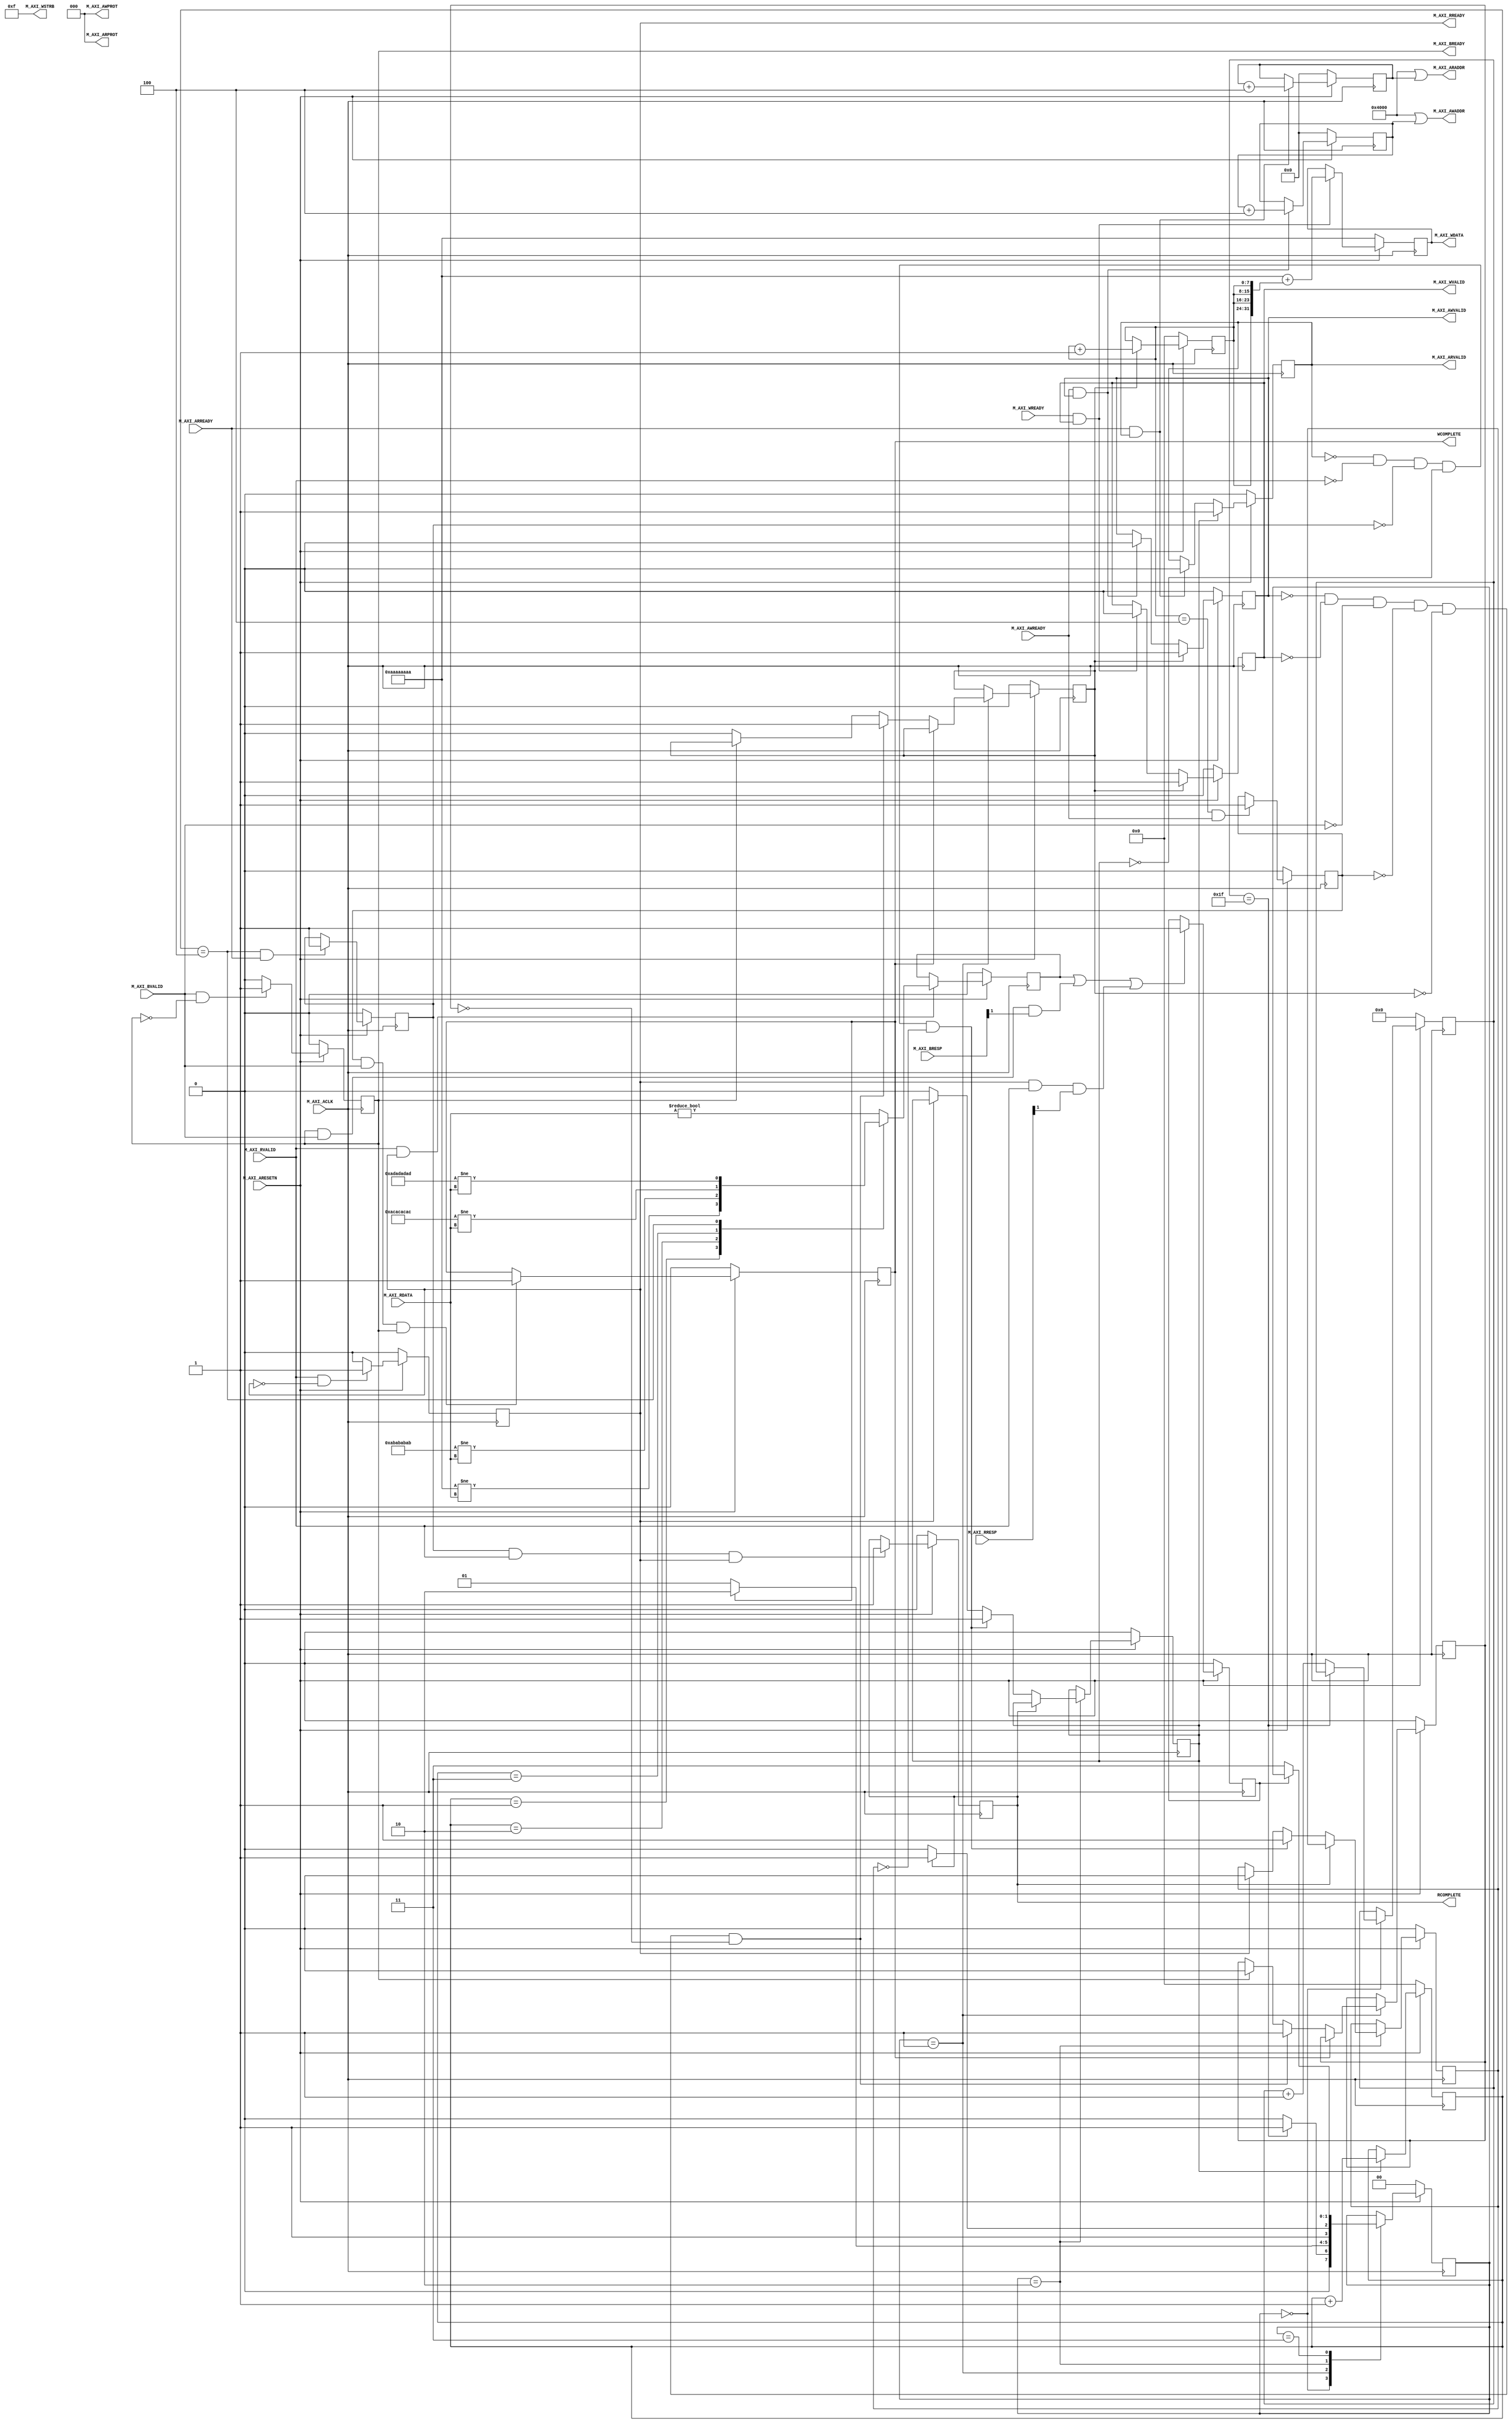
////////////////////////////////////////////////////////////////////////////
//-- (c) Copyright 2012 - 2013 Xilinx, Inc. All rights reserved.
//--
//-- This file contains confidential and proprietary information
//-- of Xilinx, Inc. and is protected under U.S. and
//-- international copyright and other intellectual property
//-- laws.
//--
//-- DISCLAIMER
//-- This disclaimer is not a license and does not grant any
//-- rights to the materials distributed herewith. Except as
//-- otherwise provided in a valid license issued to you by
//-- Xilinx, and to the maximum extent permitted by applicable
//-- law: (1) THESE MATERIALS ARE MADE AVAILABLE "AS IS" AND
//-- WITH ALL FAULTS, AND XILINX HEREBY DISCLAIMS ALL WARRANTIES
//-- AND CONDITIONS, EXPRESS, IMPLIED, OR STATUTORY, INCLUDING
//-- BUT NOT LIMITED TO WARRANTIES OF MERCHANTABILITY, NON-
//-- INFRINGEMENT, OR FITNESS FOR ANY PARTICULAR PURPOSE; and
//-- (2) Xilinx shall not be liable (whether in contract or tort,
//-- including negligence, or under any other theory of
//-- liability) for any loss or damage of any kind or nature
//-- related to, arising under or in connection with these
//-- materials, including for any direct, or any indirect,
//-- special, incidental, or consequential loss or damage
//-- (including loss of data, profits, goodwill, or any type of
//-- loss or damage suffered as a result of any action brought
//-- by a third party) even if such damage or loss was
//-- reasonably foreseeable or Xilinx had been advised of the
//-- possibility of the same.
//--
//-- CRITICAL APPLICATIONS
//-- Xilinx products are not designed or intended to be fail-
//-- safe, or for use in any application requiring fail-safe
//-- performance, such as life-support or safety devices or
//-- systems, Class III medical devices, nuclear facilities,
//-- applications related to the deployment of airbags, or any
//-- other applications that could lead to death, personal
//-- injury, or severe property or environmental damage
//-- (individually and collectively, "Critical
//-- Applications"). Customer assumes the sole risk and
//-- liability of any use of Xilinx products in Critical
//-- Applications, subject only to applicable laws and
//-- regulations governing limitations on product liability.
//--
//-- THIS COPYRIGHT NOTICE AND DISCLAIMER MUST BE RETAINED AS
//-- PART OF THIS FILE AT ALL TIMES.
////////////////////////////////////////////////////////////////////////////
// AXI4-Lite Master Example
//
// The purpose of this design is to provide a simple AXI4-Lite example.
//
// The distinguishing characteristics of AXI4-Lite are the single-beat transfers,
// limited data width, and limited other transaction qualifiers. These make it
// best suited for low-throughput control functions.
//
// The example user application will perform a set of writes, then after completing all the writes,
// the example design will perform reads and attempt to verify the values.
//
////////////////////////////////////////////////////////////////////////////

`timescale 1ns/1ps

////////////////////////////////////////////////////////////////////////////
// Width of M_AXI address bus. The master generates the read and write addresses
// of width specified as C_M_AXI_ADDR_WIDTH.
`define C_M_AXI_ADDR_WIDTH 32
////////////////////////////////////////////////////////////////////////////
// Width of M_AXI data bus. The master issues write data and accept read data
// where the width of the data bus is C_M_AXI_DATA_WIDTH
`define C_M_AXI_DATA_WIDTH 32

module axi_lite_master #   (
  ////////////////////////////////////////////////////////////////////////////
  // Transaction number is the number of write and read transactions the master
  // will perform as a part of this example memory test.
  parameter integer C_TRANSACTIONS_NUM = 4
) (
  ////////////////////////////////////////////////////////////////////////////
  // Asserts when write transactions are complete
  output wire WCOMPLETE,
  ////////////////////////////////////////////////////////////////////////////
  // Asserts when read transactions are complete
  output wire RCOMPLETE,
  ////////////////////////////////////////////////////////////////////////////
  // System Signals
  input wire M_AXI_ACLK,
  input wire M_AXI_ARESETN,

  ////////////////////////////////////////////////////////////////////////////
  // Master Interface Write Address Channel ports
  // Write address (issued by master)
  output wire [`C_M_AXI_ADDR_WIDTH-1:0] M_AXI_AWADDR,

  ////////////////////////////////////////////////////////////////////////////
  // Write channel Protection type. This signal indicates the
  // privilege and security level of the transaction, and whether
  // the transaction is a data access or an instruction access.
  output wire [2:0] M_AXI_AWPROT,

  ////////////////////////////////////////////////////////////////////////////
  //Write address valid. This signal indicates that the master signaling
  // valid write address and control information.
  output wire M_AXI_AWVALID,

  ////////////////////////////////////////////////////////////////////////////
  // Write address ready. This signal indicates that the slave is ready
  // to accept an address and associated control signals.
  input wire M_AXI_AWREADY,

  ////////////////////////////////////////////////////////////////////////////
  // Master Interface Write Data Channel ports

  ////////////////////////////////////////////////////////////////////////////
  // Write data (issued by master)
  output wire [`C_M_AXI_DATA_WIDTH-1:0] M_AXI_WDATA,

  ////////////////////////////////////////////////////////////////////////////
  // Write strobes. This signal indicates which byte lanes hold
  // valid data. There is one write strobe bit for each eight
  // bits of the write data bus.
  output wire [`C_M_AXI_DATA_WIDTH/8-1:0] M_AXI_WSTRB,

  ////////////////////////////////////////////////////////////////////////////
  //Write valid. This signal indicates that valid write
  // data and strobes are available.
  output wire M_AXI_WVALID,

  ////////////////////////////////////////////////////////////////////////////
  // Write ready. This signal indicates that the slave
  // can accept the write data.
  input wire M_AXI_WREADY,

  ////////////////////////////////////////////////////////////////////////////
  // Master Interface Write Response Channel ports

  ////////////////////////////////////////////////////////////////////////////
  // Write response. This signal indicates the status
  // of the write transaction.
  input wire [1:0] M_AXI_BRESP,

  ////////////////////////////////////////////////////////////////////////////
  // Write response valid. This signal indicates that the channel
  // is signaling a valid write response.
  input wire M_AXI_BVALID,

  ////////////////////////////////////////////////////////////////////////////
  // Response ready. This signal indicates that the master
  // can accept a write response.
  output wire M_AXI_BREADY,

  ////////////////////////////////////////////////////////////////////////////
  // Master Interface Read Address Channel ports

  ////////////////////////////////////////////////////////////////////////////
  // Read address (issued by master)
  output wire [`C_M_AXI_ADDR_WIDTH-1:0] M_AXI_ARADDR,

  ////////////////////////////////////////////////////////////////////////////
  // Protection type. This signal indicates the privilege
  // and security level of the transaction, and whether the
  // transaction is a data access or an instruction access.
  output wire [2:0] M_AXI_ARPROT,

  ////////////////////////////////////////////////////////////////////////////
  // Read address valid. This signal indicates that the channel
  // is signaling valid read address and control information.
  output wire M_AXI_ARVALID,

  ////////////////////////////////////////////////////////////////////////////
  // Read address ready. This signal indicates that the slave is
  // ready to accept an address and associated control signals.
  input wire M_AXI_ARREADY,

  ////////////////////////////////////////////////////////////////////////////
  // Master Interface Read Data Channel ports

  ////////////////////////////////////////////////////////////////////////////
  // Read data (issued by slave)
  input wire [`C_M_AXI_DATA_WIDTH-1:0]  M_AXI_RDATA,

  ////////////////////////////////////////////////////////////////////////////
  // Read response. This signal indicates the status of the
  // read transfer.
  input wire [1:0] M_AXI_RRESP,

  ////////////////////////////////////////////////////////////////////////////
  // Read valid. This signal indicates that the channel is
  // signaling the required read data.
  input wire M_AXI_RVALID,

  ////////////////////////////////////////////////////////////////////////////
  // Read ready. This signal indicates that the master can
  // accept the read data and response information.
  output wire M_AXI_RREADY
);


////////////////////////////////////////////////////////////////////////////
// The master will start generating data from the LP_START_DATA_VALUE value
localparam LP_START_DATA_VALUE  = {`C_M_AXI_DATA_WIDTH/8{8'hAA}};

////////////////////////////////////////////////////////////////////////////
// The master requires a target slave base address. The master will initiate
// read and write transactions on the slave with base address specified
// here as a parameter.
localparam LP_TARGET_SLAVE_BASE_ADDR  = `C_M_AXI_ADDR_WIDTH'h4000;

////////////////////////////////////////////////////////////////////////////
// Start count is the numeber of clock cycles the master will wait
// before initiating/issuing any transaction.
localparam integer LP_START_COUNT    = 32;

////////////////////////////////////////////////////////////////////////////
// AXI4 Lite internal signals

////////////////////////////////////////////////////////////////////////////
// write address valid
reg axi_awvalid;
////////////////////////////////////////////////////////////////////////////
// write data valid
reg axi_wvalid;
////////////////////////////////////////////////////////////////////////////
// read address valid
reg axi_arvalid;
////////////////////////////////////////////////////////////////////////////
// read data acceptance
reg axi_rready;
////////////////////////////////////////////////////////////////////////////
// write response acceptance
reg axi_bready;
////////////////////////////////////////////////////////////////////////////
// write address
reg [`C_M_AXI_ADDR_WIDTH-1:0] axi_awaddr;
////////////////////////////////////////////////////////////////////////////
// write data
reg [`C_M_AXI_DATA_WIDTH-1:0] axi_wdata;
////////////////////////////////////////////////////////////////////////////
// read addresss
reg [`C_M_AXI_ADDR_WIDTH-1:0] axi_araddr;

////////////////////////////////////////////////////////////////////////////
//Example-specific design signals
// All the following wire/reg are used in the current example.
// for demonstation.

// function called clogb2 that returns an integer which has the
// value of the ceiling of the log base 2.
function integer clogb2 (input integer bd);
integer bit_depth;
begin
  bit_depth = bd;
  for(clogb2=0; bit_depth>0; clogb2=clogb2+1)
    bit_depth = bit_depth >> 1;
  end
endfunction

////////////////////////////////////////////////////////////////////////////
// Example user application signals

// LP_WAIT_COUNT_BITS is the width of the wait counter.
localparam integer LP_WAIT_COUNT_BITS = clogb2(LP_START_COUNT-1);
////////////////////////////////////////////////////////////////////////////
// wait counter. The master waits for the user defined number of
// clock cycles before initiating a transfer.
reg [LP_WAIT_COUNT_BITS-1:0] count;

////////////////////////////////////////////////////////////////////////////
// LP_TRANS_NUM_BITS is the width of the index counter for
// number of write or read transaction.
localparam integer LP_TRANS_NUM_BITS = clogb2(C_TRANSACTIONS_NUM-1);

////////////////////////////////////////////////////////////////////////////
// Asserts when there is a write response error
wire write_resp_error;
////////////////////////////////////////////////////////////////////////////
// Asserts when there is a read response error
wire read_resp_error;
////////////////////////////////////////////////////////////////////////////
// A pulse to initiate a write transaction
reg start_single_write;
////////////////////////////////////////////////////////////////////////////
// A pulse to initiate a read transaction
reg start_single_read;

////////////////////////////////////////////////////////////////////////////
// Asserts when a single beat write transaction is issued and
// remains asserted till the completion of write trasaction.
reg write_issued;

////////////////////////////////////////////////////////////////////////////
// Asserts when a single beat read transaction is issued and
// remains asserted till the completion of read trasaction.
reg read_issued;

////////////////////////////////////////////////////////////////////////////
// flag that marks the completion of write trasactions. The number of
// write transaction is user selected by the parameter C_TRANSACTIONS_NUM
(* mark_debug = "true" *) reg writes_done;

////////////////////////////////////////////////////////////////////////////
// flag that marks the completion of read trasactions. The number of read
// transaction is user selected by the parameter C_TRANSACTIONS_NUM
(* mark_debug = "true" *) reg reads_done;

////////////////////////////////////////////////////////////////////////////
// The error register is asserted when any of the write response
// error, read response error or the data mismatch flags are asserted.
(* mark_debug = "true" *) reg error_reg;

////////////////////////////////////////////////////////////////////////////
// index counter to track the number of write transaction issued
reg [7:0] write_index;
////////////////////////////////////////////////////////////////////////////
// index counter to track the number of read transaction issued
reg [7:0] read_index;

////////////////////////////////////////////////////////////////////////////
// Flag marks the completion of comparison of the read
// data with the expected read data
(* mark_debug = "true" *) reg compare_done;

////////////////////////////////////////////////////////////////////////////
// This flag is asserted when there is a mismatch of
// the read data with the expected read data.
(* mark_debug = "true" *) reg read_mismatch;

////////////////////////////////////////////////////////////////////////////
// Flag is asserted when the write index reaches the last write transction number
reg last_write;
////////////////////////////////////////////////////////////////////////////
// Flag is asserted when the read index reaches the last read transction number
reg last_read;

////////////////////////////////////////////////////////////////////////////
 // Example State machine to initialize counter, initialize write transactions,
 // initialize read transactions and comparison of read data with the
 // written data words.
localparam [1:0] INIT_COUNTER = 2'b00, // This state initializes the counter, ones
                                       // the counter reaches LP_START_COUNT count,
                                       // the state machine changes state to INIT_WRITE
                 INIT_WRITE   = 2'b01, // This state initializes write transaction,
                                       // once writes are done, the state machine
                                       // changes state to INIT_READ
                 INIT_READ = 2'b10,    // This state initializes read transaction
                                       // once reads are done, the state machine
                                       // changes state to INIT_COMPARE
                 INIT_COMPARE = 2'b11; // This state issues the status of comparison
                                       // of the written data with the read data

reg [1:0] mst_exec_state;

////////////////////////////////////////////////////////////////////////////
// I/O Connections //

////////////////////////////////////////////////////////////////////////////
// Write Address (AW)

////////////////////////////////////////////////////////////////////////////
// Adding the offset address to the base addr of the slave
assign M_AXI_AWADDR  = LP_TARGET_SLAVE_BASE_ADDR | axi_awaddr;
////////////////////////////////////////////////////////////////////////////
// AXI 4 write data
assign M_AXI_WDATA   = axi_wdata;
assign M_AXI_AWPROT  = 3'h0;
assign M_AXI_AWVALID = axi_awvalid;

////////////////////////////////////////////////////////////////////////////
//Write Data(W)
assign M_AXI_WVALID = axi_wvalid;

////////////////////////////////////////////////////////////////////////////
//Set all byte strobes in this example
assign M_AXI_WSTRB  = {`C_M_AXI_DATA_WIDTH/8{1'b1}};

////////////////////////////////////////////////////////////////////////////
//Write Response (B)
assign M_AXI_BREADY = axi_bready;

////////////////////////////////////////////////////////////////////////////
//Read Address (AR)
assign M_AXI_ARADDR = LP_TARGET_SLAVE_BASE_ADDR | axi_araddr;
assign M_AXI_ARVALID = axi_arvalid;
assign M_AXI_ARPROT = 3'h0;

////////////////////////////////////////////////////////////////////////////
//Read and Read Response (R)
assign M_AXI_RREADY = axi_rready;

////////////////////////////////////////////////////////////////////////////
//Example design I/O

assign WCOMPLETE  = writes_done;
assign RCOMPLETE  = reads_done;


////////////////////////////////////////////////////////////////////////////
//Write Address Channel
// The purpose of the write address channel is to request the address and
// command information for the entire transaction.  It is a single beat
// of information.
//
// Note for this example the axi_awvalid/axi_wvalid are asserted at the same
// time, and then each is deasserted independent from each other.
// This is a lower-performance, but simplier control scheme.
//
// AXI VALID signals must be held active until accepted by the partner.
//
// A data transfer is accepted by the slave when a master has
// VALID data and the slave acknoledges it is also READY. While the master
// is allowed to generated multiple, back-to-back requests by not
// deasserting VALID, this design will add rest cycle for
// simplicity.
//
// Since only one outstanding transaction is issued by the user design,
// there will not be a collision between a new request and an accepted
// request on the same clock cycle.

always @(posedge M_AXI_ACLK) begin
  ////////////////////////////////////////////////////////////////////////////
  //Only VALID signals must be deasserted during reset per AXI spec
  //Consider inverting then registering active-low reset for higher fmax
  if (M_AXI_ARESETN == 0 ) begin
    axi_awvalid <= 1'b0;
  end else begin
    ////////////////////////////////////////////////////////////////////////////
    //Signal a new address/data command is available by user logic
    if (start_single_write) begin
      axi_awvalid <= 1'b1;
    end else if (M_AXI_AWREADY && axi_awvalid) begin
    ////////////////////////////////////////////////////////////////////////////
    //Address accepted by interconnect/slave (issue of M_AXI_AWREADY by slave)
      axi_awvalid <= 1'b0;
    end
  end
end

////////////////////////////////////////////////////////////////////////////
// start_single_write triggers a new write
// transaction. write_index is a counter to
// keep track with number of write transaction
// issued/initiated
always @(posedge M_AXI_ACLK) begin
  if (M_AXI_ARESETN == 0 ) begin
    write_index <= 8'h00;
  end else if (start_single_write) begin
    ////////////////////////////////////////////////////////////////////////////
    // Signals a new write address/ write data is
    // available by user logic
    write_index <= write_index + 1;
  end
end

////////////////////////////////////////////////////////////////////////////
//Write Data Channel
//
// The write data channel is for transfering the actual data.
//
// The data generation is speific to the example design, and
// so only the WVALID/WREADY handshake is shown here
always @(posedge M_AXI_ACLK) begin
  if (M_AXI_ARESETN == 0 ) begin
    axi_wvalid <= 1'b0;
  end else if (start_single_write) begin
    ////////////////////////////////////////////////////////////////////////////
    //Signal a new address/data command is available by user logic
    axi_wvalid <= 1'b1;
  end else if (M_AXI_WREADY && axi_wvalid) begin
    ////////////////////////////////////////////////////////////////////////////
    //Data accepted by interconnect/slave (issue of M_AXI_WREADY by slave)
     axi_wvalid <= 1'b0;
   end
end

////////////////////////////////////////////////////////////////////////////
//Write Response (B) Channel
//
// The write response channel provides feedback that the write has committed
// to memory. BREADY will occur after both the data and the write address
// has arrived and been accepted by the slave, and can guarantee that no
// other accesses launched afterwards will be able to be reordered before it.
//
// The BRESP bit [1] is used indicate any errors from the interconnect or
// slave for the entire write burst. This example will capture the error.
//
// While not necessary per spec, it is advisable to reset READY signals in
// case of differing reset latencies between master/slave.
always @(posedge M_AXI_ACLK) begin
  if (M_AXI_ARESETN == 0 ) begin
    axi_bready <= 1'b0;
  end else if (M_AXI_BVALID && ~axi_bready) begin
  ////////////////////////////////////////////////////////////////////////////
  // accept/acknowledge bresp with axi_bready by the master
  // when M_AXI_BVALID is asserted by slave
    axi_bready <= 1'b1;
  end else if (axi_bready) begin
    ////////////////////////////////////////////////////////////////////////////
    // deassert after one clock cycle
    axi_bready <= 1'b0;
  end else begin
    ////////////////////////////////////////////////////////////////////////////
    // retain the previous value
    axi_bready <= axi_bready;
  end
end

////////////////////////////////////////////////////////////////////////////
//Flag write errors
assign write_resp_error = (axi_bready & M_AXI_BVALID & M_AXI_BRESP[1]);

////////////////////////////////////////////////////////////////////////////
//Read Address Channel
//
// start_single_read triggers a new read
// transaction. read_index is a counter to
// keep track with number of read transaction
// issued/initiated
always @(posedge M_AXI_ACLK) begin
  if (M_AXI_ARESETN == 0 ) begin
    read_index <= 8'h00;
  end else if (start_single_read) begin
    // Signals a new read address is
    // available by user logic
    read_index <= read_index + 1;
  end
end

////////////////////////////////////////////////////////////////////////////
// A new axi_arvalid is asserted when there is a valid read address
// available by the master. start_single_read triggers a new read
// transaction
always @(posedge M_AXI_ACLK) begin
  if (M_AXI_ARESETN == 0 ) begin
    axi_arvalid <= 1'b0;
  end else if (start_single_read) begin
  ////////////////////////////////////////////////////////////////////////////
  //Signal a new read address command is available by user logic
    axi_arvalid <= 1'b1;
  end else if (M_AXI_ARREADY && axi_arvalid) begin
  ////////////////////////////////////////////////////////////////////////////
  //RAddress accepted by interconnect/slave (issue of M_AXI_ARREADY by slave)
    axi_arvalid <= 1'b0;
  end
end

////////////////////////////////////////////////////////////////////////////
//Read Data (and Response) Channel
//
// The Read Data channel returns the results of the read request
// The master will accept the read data by asserting axi_rready
// when there is a valid read data available.
// While not necessary per spec, it is advisable to reset READY signals in
// case of differing reset latencies between master/slave.
always @(posedge M_AXI_ACLK) begin
  if (M_AXI_ARESETN == 0 ) begin
    axi_rready <= 1'b0;
  end else if (M_AXI_RVALID && ~axi_rready) begin
  ////////////////////////////////////////////////////////////////////////////
  // accept/acknowledge rdata/rresp with axi_rready by the master
  // when M_AXI_RVALID is asserted by slave
    axi_rready <= 1'b1;
  end else if (axi_rready) begin
  ////////////////////////////////////////////////////////////////////////////
  // deassert after one clock cycle
    axi_rready <= 1'b0;
  end
end

////////////////////////////////////////////////////////////////////////////
//Flag write errors
assign read_resp_error = (axi_rready & M_AXI_RVALID & M_AXI_RRESP[1]);

////////////////////////////////////////////////////////////////////////////
//Address/Data Stimulus
//
// Address/data pairs for this example. The read and write values should
// match.
//
// Modify these as desired for different address patterns.

////////////////////////////////////////////////////////////////////////////
//Write Addresses
always @(posedge M_AXI_ACLK) begin
  if (M_AXI_ARESETN == 0) begin
    axi_awaddr <= {`C_M_AXI_ADDR_WIDTH{1'b0}};
  end else if (M_AXI_AWREADY && axi_awvalid) begin
    axi_awaddr <= axi_awaddr + (`C_M_AXI_DATA_WIDTH/8);
  end else begin
    axi_awaddr <= axi_awaddr;
  end
end

////////////////////////////////////////////////////////////////////////////
//Read Addresses
always @(posedge M_AXI_ACLK) begin
  if (M_AXI_ARESETN == 0) begin
    axi_araddr <= {`C_M_AXI_ADDR_WIDTH{1'b0}};
  end else if (M_AXI_ARREADY && axi_arvalid) begin
    axi_araddr <= axi_araddr + (`C_M_AXI_DATA_WIDTH/8);
  end else begin
    axi_araddr <= axi_araddr;
  end
end

always @(posedge M_AXI_ACLK) begin
  if (M_AXI_ARESETN == 0) begin
    axi_wdata <= LP_START_DATA_VALUE;
  end else if (M_AXI_WREADY && axi_wvalid) begin
    axi_wdata <= LP_START_DATA_VALUE + {(`C_M_AXI_DATA_WIDTH/8){write_index}};
  end else begin
    axi_wdata <= axi_wdata;
  end
end

////////////////////////////////////////////////////////////////////////////
//implement master command interface state machine
always @ ( posedge M_AXI_ACLK) begin
  if (M_AXI_ARESETN == 1'b0 ) begin
    ////////////////////////////////////////////////////////////////////////////
    // reset condition
    // All the signals are assigned default values under reset condition
    mst_exec_state  <= INIT_COUNTER;
    count    <= 0;
    start_single_write <= 1'b0;
    write_issued  <= 1'b0;
    start_single_read  <= 1'b0;
    read_issued   <= 1'b0;
    compare_done  <= 1'b0;
  end else begin
  ////////////////////////////////////////////////////////////////////////////
  // state transition
    case (mst_exec_state)
      INIT_COUNTER: begin
        ////////////////////////////////////////////////////////////////////////////
        // This state is responsible to wait for user defined LP_START_COUNT
        // number of clock cycles.
          if ( count == LP_START_COUNT - 1 ) begin
            mst_exec_state  <= INIT_WRITE;
          end else begin
            count <= count + 1;
            mst_exec_state  <= INIT_COUNTER;
          end
        end

      INIT_WRITE: begin
        ////////////////////////////////////////////////////////////////////////////
        // This state is responsible to issue start_single_write pulse to
        // initiate a write transaction. Write transactions will be
        // issued until last_write signal is asserted.
        // write controller
        if (writes_done) begin
          mst_exec_state <= INIT_READ;
        end else begin
          mst_exec_state  <= INIT_WRITE;

          if (~axi_awvalid && ~axi_wvalid && ~M_AXI_BVALID && ~last_write && ~start_single_write && ~write_issued) begin
            start_single_write <= 1'b1;
            write_issued  <= 1'b1;
          end else if (axi_bready) begin
            write_issued  <= 1'b0;
          end else begin
            start_single_write <= 1'b0; //Negate to generate a pulse
          end
        end
      end

      INIT_READ: begin
        ////////////////////////////////////////////////////////////////////////////
        // This state is responsible to issue start_single_read pulse to
        // initiate a read transaction. Read transactions will be
        // issued until last_read signal is asserted.
        // read controller
        if (reads_done) begin
          mst_exec_state <= INIT_COMPARE;
        end else begin
          mst_exec_state <= INIT_READ;
        
          if (~axi_arvalid && ~M_AXI_RVALID && ~last_read && ~start_single_read && ~read_issued) begin
            start_single_read <= 1'b1;
            read_issued  <= 1'b1;
          end else if (axi_rready) begin
            read_issued  <= 1'b0;
          end else begin
            start_single_read <= 1'b0; //Negate to generate a pulse
          end
        end
      end

      INIT_COMPARE: begin
        ////////////////////////////////////////////////////////////////////////////
        // This state is responsible to issue the state of comparison
        // of written data with the read data. If no error flags are set,
        // compare_done signal will be asseted to indicate success.
        if (~error_reg) begin
          mst_exec_state <= INIT_COMPARE;
          compare_done <= 1'b1;
        end
      end
//      default : begin
//        mst_exec_state  <= INIT_COUNTER;
//      end
    endcase
  end
end //MASTER_EXECUTION_PROC

////////////////////////////////////////////////////////////////////////////
//Terminal write count

always @(posedge M_AXI_ACLK) begin
  if (M_AXI_ARESETN == 0) begin
    last_write <= 1'b0;
  end else if ((write_index == C_TRANSACTIONS_NUM) && M_AXI_AWREADY) begin
    ////////////////////////////////////////////////////////////////////////////
    //The last write should be associated with a write address ready response
    last_write <= 1'b1;
  end else begin
    last_write <= last_write;
  end
end

////////////////////////////////////////////////////////////////////////////
//  Check for last write completion.
//
//  This logic is to qualify the last write count with the final write
//  response. This demonstrates how to confirm that a write has been
//  committed.

always @(posedge M_AXI_ACLK) begin
  if (M_AXI_ARESETN == 0) begin
    writes_done <= 1'b0;
  end else if (last_write && M_AXI_BVALID && axi_bready) begin
    //The writes_done should be associated with a bready response
    writes_done <= 1'b1;
  end else begin
    writes_done <= writes_done;
  end
end

////////////////////////////////////////////////////////////////////////////
//Read example
//Terminal Read Count
always @(posedge M_AXI_ACLK) begin
  if (M_AXI_ARESETN == 0) begin
    last_read <= 1'b0;
  end else if ((read_index == C_TRANSACTIONS_NUM) && (M_AXI_ARREADY) ) begin
    ////////////////////////////////////////////////////////////////////////////
    //The last read should be associated with a read address ready response
    last_read <= 1'b1;
  end else begin
    last_read <= last_read;
  end
end

////////////////////////////////////////////////////////////////////////////
// Check for last read completion.
//
// This logic is to qualify the last read count with the final read
// response/data.
always @(posedge M_AXI_ACLK) begin
  if (M_AXI_ARESETN == 0) begin
    reads_done <= 1'b0;
  end else if (last_read && M_AXI_RVALID && axi_rready) begin
    ////////////////////////////////////////////////////////////////////////////
    //The reads_done should be associated with a read ready response
    reads_done <= 1'b1;
  end else begin
    reads_done <= reads_done;
  end
end

////////////////////////////////////////////////////////////////////////////
//Example design error register

////////////////////////////////////////////////////////////////////////////
//Data Comparison
always @(posedge M_AXI_ACLK) begin
  if (M_AXI_ARESETN == 0) begin
    read_mismatch <= 1'b0;
  end else if (M_AXI_RVALID && axi_rready) begin
    ////////////////////////////////////////////////////////////////////////////
    //The read data when available (on axi_rready) is compared with the expected data
    case (read_index)
      1: read_mismatch <= (LP_START_DATA_VALUE + {(`C_M_AXI_DATA_WIDTH/8){8'h00}}) != M_AXI_RDATA;
      2: read_mismatch <= (LP_START_DATA_VALUE + {(`C_M_AXI_DATA_WIDTH/8){8'h01}}) != M_AXI_RDATA;
      3: read_mismatch <= (LP_START_DATA_VALUE + {(`C_M_AXI_DATA_WIDTH/8){8'h02}}) != M_AXI_RDATA;
      4: read_mismatch <= (LP_START_DATA_VALUE + {(`C_M_AXI_DATA_WIDTH/8){8'h03}}) != M_AXI_RDATA;
      default: read_mismatch <= {`C_M_AXI_DATA_WIDTH{1'b0}} != M_AXI_RDATA;
    endcase
  end else begin
    read_mismatch <= read_mismatch;
  end
end

////////////////////////////////////////////////////////////////////////////
// Register and hold any data mismatches, or read/write interface errors
always @(posedge M_AXI_ACLK)  begin
  if (M_AXI_ARESETN == 0) begin
      error_reg <= 1'b0;
  end else if (read_mismatch || write_resp_error || read_resp_error) begin
    ////////////////////////////////////////////////////////////////////////////
    //Capture any error types
      error_reg <= 1'b1;
  end else begin
    error_reg <= error_reg;
  end
end

endmodule